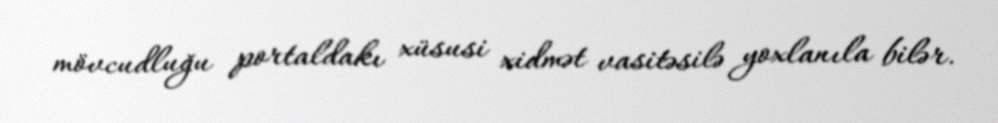
mövcudluğu portaldakı xüsusi xidmət vasitəsilə yoxlanıla bilər.